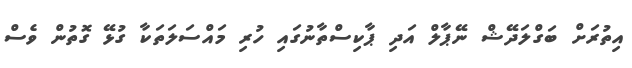
އިތުރަށް ބަގްލަދޭޝް ނޭޕާލް އަދި ޕާކިސްތާނުގައި ހުރި މައްސަލަތަކާ ގުޅޭ ގޮތުން ވެސް